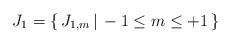
LaTeX: \begin{align*}J_1 = \{\, J_{1,m} \,|\, -1 \le m \le +1 \,\}\end{align*}